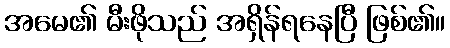
အမေ၏ မီးဖိုသည် အရှိန်ရနေပြီ ဖြစ်၏။